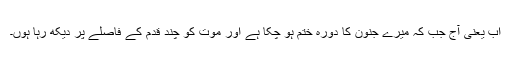
اب یعنی آج جب کہ میرے جنون کا دورہ ختم ہو چکا ہے اور موت کو چند قدم کے فاصلے پر دیکھ رہا ہوں۔